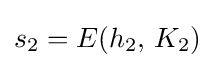
s_{2}=E(h_{2},\,K_{2})